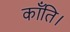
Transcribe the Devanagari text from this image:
कॉंति।